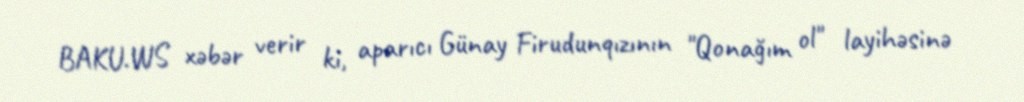
BAKU.WS xəbər verir ki, aparıcı Günay Firudunqızının "Qonağım ol" layihəsinə